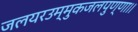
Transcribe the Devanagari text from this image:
जलयरउम्मुकजलपुण्णा।।